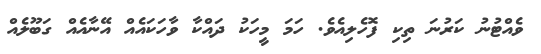
ވެއްޓުނު ކަރުނަ ތިކި ފޮހެލިއެވެ. ހަމަ މީހަކު ދައްކާ ވާހަކައެއް އޭނާއެއް ގަބޫލެއް